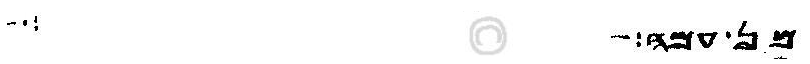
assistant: מן עמה ברן